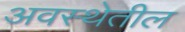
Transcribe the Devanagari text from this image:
अवस्‍थेतील